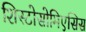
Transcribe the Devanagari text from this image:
शिस्टोसोमिएसिस